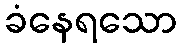
ခံနေရသော